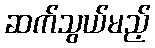
ဆက်သွယ်မည့်